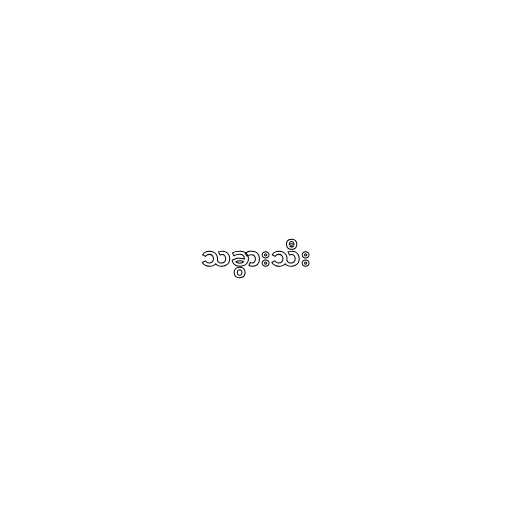
သခွားသီး